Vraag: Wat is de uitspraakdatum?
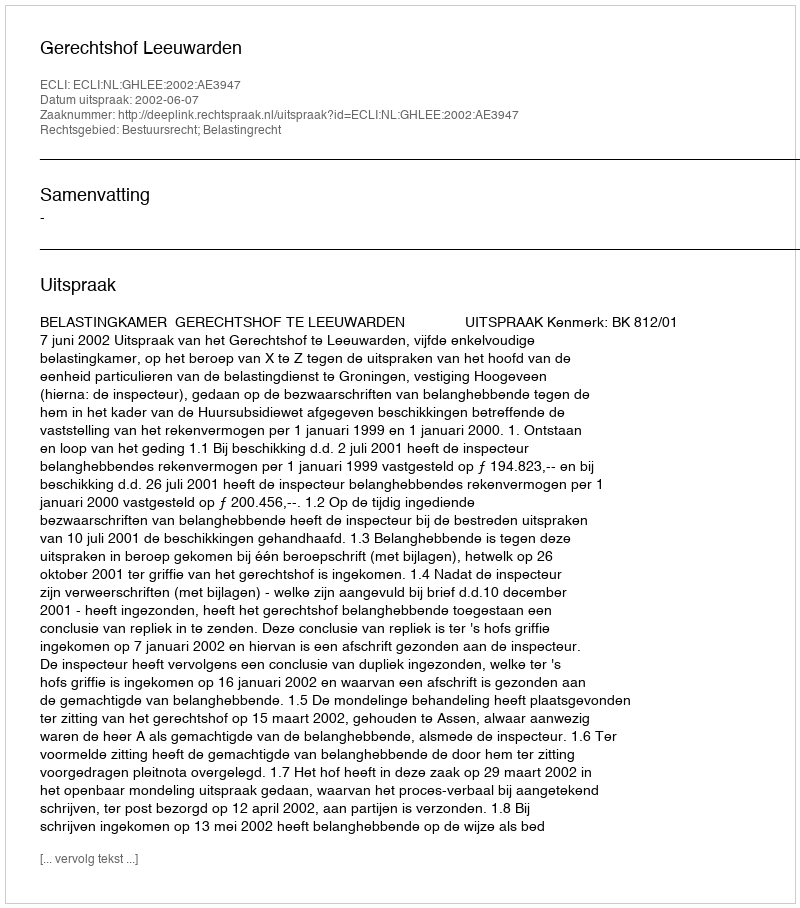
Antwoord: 2002-06-07